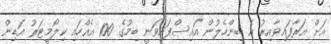
އަށް އަރާފައިވާއިރު އެ ބިންހެލުން އައިސްފައިވަނީ ބިމުގެ 100 އެއްހައި ކިލޯމީޓަރު އަޑިން